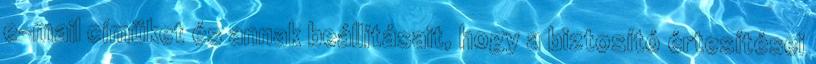
e-mail címüket és annak beállításait, hogy a biztosító értesítései